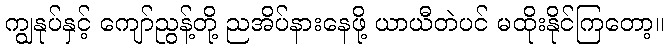
ကျွနုပ်နှင့် ကျော်ညွန့်တို့ ညအိပ်နားနေဖို့ ယာယီတဲပင် မထိုးနိုင်ကြတော့။